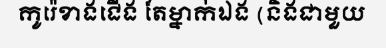
កូរ៉េខាងជើង តែម្នាក់ឯង (និងជាមួយ